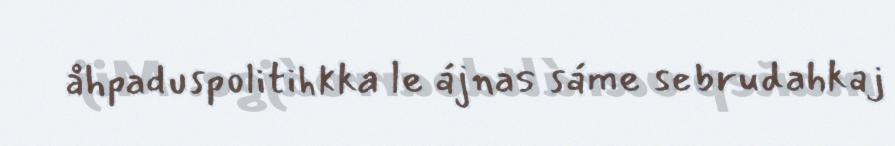
åhpaduspolitihkka le ájnas sáme sebrudahkaj